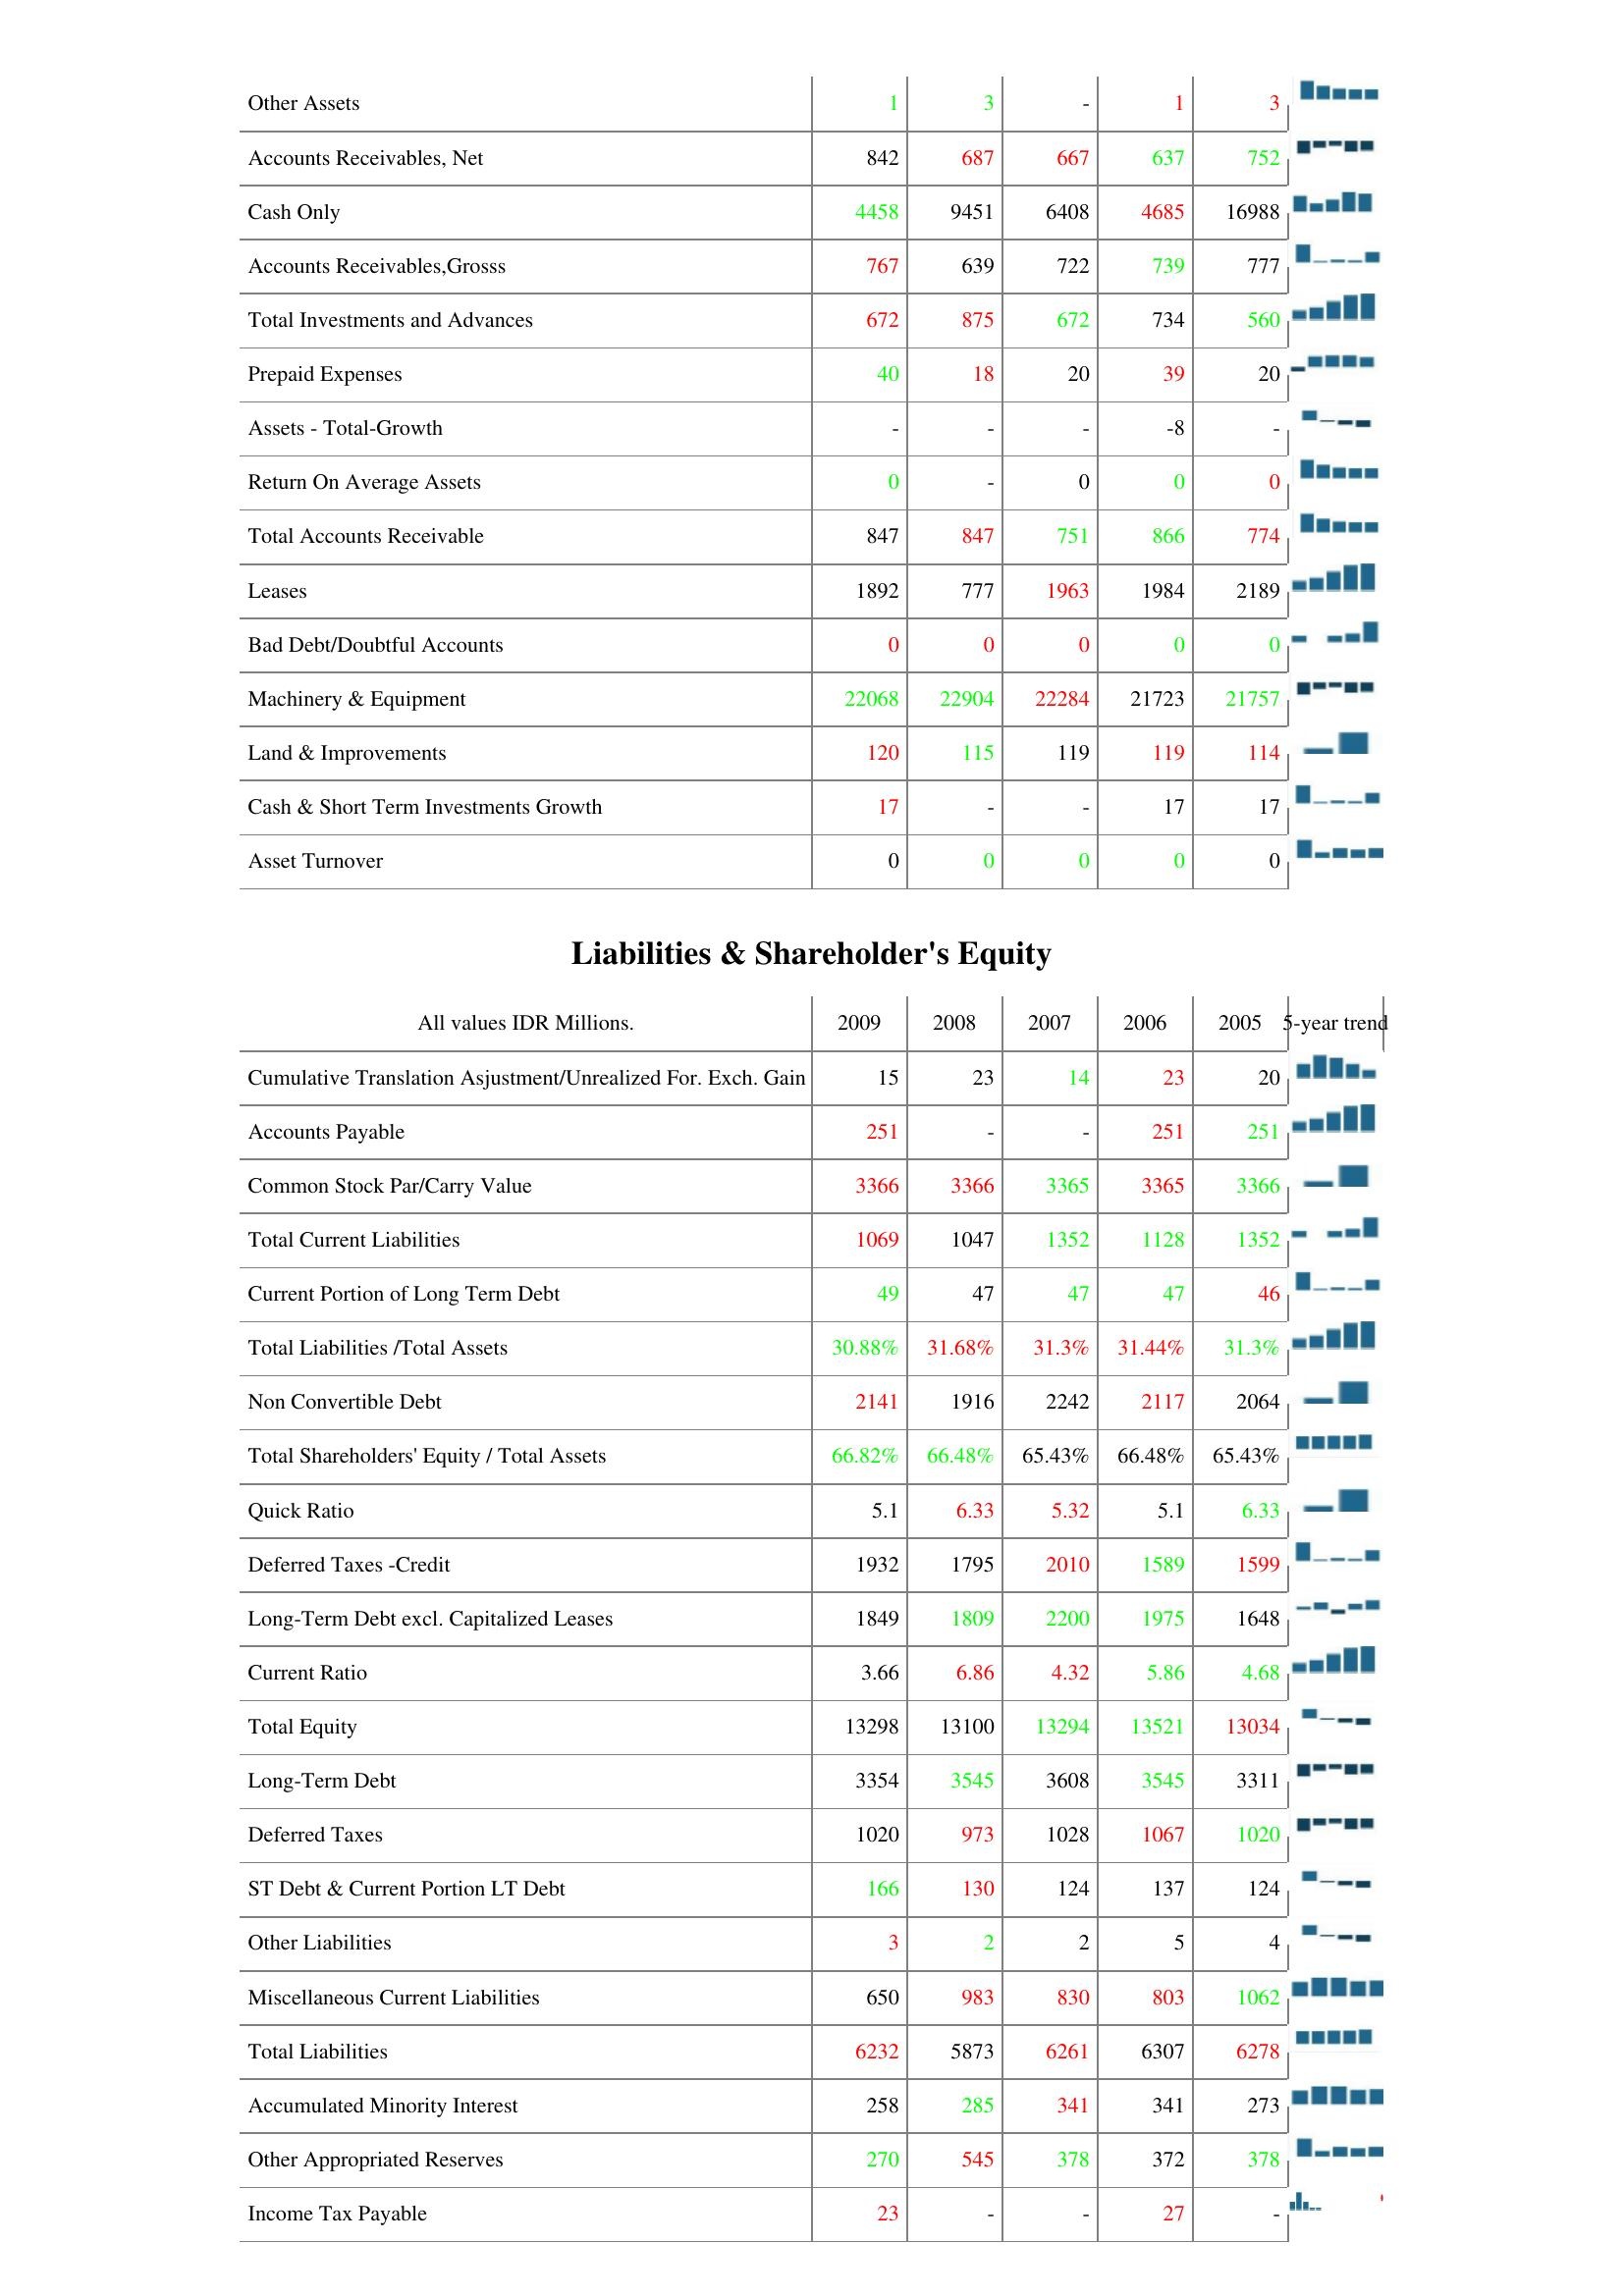
2009: Assets: Other Assets: 1
Accounts Receivables, Net: 842
Cash Only: 4458
Accounts Receivables,Grosss: 767
Total Investments and Advances: 672
Prepaid Expenses: 40
Assets - Total-Growth: -
Return On Average Assets: 0
Total Accounts Receivable: 847
Leases: 1892
Bad Debt/Doubtful Accounts: 0
Machinery & Equipment: 22068
Land & Improvements: 120
Cash & Short Term Investments Growth: 17
Asset Turnover: 0
Liabilities & Shareholder's Equity: Cumulative Translation Asjustment/Unrealized For. Exch. Gain: 15
Accounts Payable: 251
Common Stock Par/Carry Value: 3366
Total Current Liabilities: 1069
Current Portion of Long Term Debt: 49
Total Liabilities /Total Assets: 30.88%
Non Convertible Debt: 2141
Total Shareholders' Equity / Total Assets: 66.82%
Quick Ratio: 5.1
Deferred Taxes -Credit: 1932
Long-Term Debt excl. Capitalized Leases: 1849
Current Ratio: 3.66
Total Equity: 13298
Long-Term Debt: 3354
Deferred Taxes: 1020
ST Debt & Current Portion LT Debt: 166
Other Liabilities: 3
Miscellaneous Current Liabilities: 650
Total Liabilities: 6232
Accumulated Minority Interest: 258
Other Appropriated Reserves: 270
Income Tax Payable: 23
2008: Assets: Other Assets: 3
Accounts Receivables, Net: 687
Cash Only: 9451
Accounts Receivables,Grosss: 639
Total Investments and Advances: 875
Prepaid Expenses: 18
Assets - Total-Growth: -
Return On Average Assets: -
Total Accounts Receivable: 847
Leases: 777
Bad Debt/Doubtful Accounts: 0
Machinery & Equipment: 22904
Land & Improvements: 115
Cash & Short Term Investments Growth: -
Asset Turnover: 0
Liabilities & Shareholder's Equity: Cumulative Translation Asjustment/Unrealized For. Exch. Gain: 23
Accounts Payable: -
Common Stock Par/Carry Value: 3366
Total Current Liabilities: 1047
Current Portion of Long Term Debt: 47
Total Liabilities /Total Assets: 31.68%
Non Convertible Debt: 1916
Total Shareholders' Equity / Total Assets: 66.48%
Quick Ratio: 6.33
Deferred Taxes -Credit: 1795
Long-Term Debt excl. Capitalized Leases: 1809
Current Ratio: 6.86
Total Equity: 13100
Long-Term Debt: 3545
Deferred Taxes: 973
ST Debt & Current Portion LT Debt: 130
Other Liabilities: 2
Miscellaneous Current Liabilities: 983
Total Liabilities: 5873
Accumulated Minority Interest: 285
Other Appropriated Reserves: 545
Income Tax Payable: -
2007: Assets: Other Assets: -
Accounts Receivables, Net: 667
Cash Only: 6408
Accounts Receivables,Grosss: 722
Total Investments and Advances: 672
Prepaid Expenses: 20
Assets - Total-Growth: -
Return On Average Assets: 0
Total Accounts Receivable: 751
Leases: 1963
Bad Debt/Doubtful Accounts: 0
Machinery & Equipment: 22284
Land & Improvements: 119
Cash & Short Term Investments Growth: -
Asset Turnover: 0
Liabilities & Shareholder's Equity: Cumulative Translation Asjustment/Unrealized For. Exch. Gain: 14
Accounts Payable: -
Common Stock Par/Carry Value: 3365
Total Current Liabilities: 1352
Current Portion of Long Term Debt: 47
Total Liabilities /Total Assets: 31.3%
Non Convertible Debt: 2242
Total Shareholders' Equity / Total Assets: 65.43%
Quick Ratio: 5.32
Deferred Taxes -Credit: 2010
Long-Term Debt excl. Capitalized Leases: 2200
Current Ratio: 4.32
Total Equity: 13294
Long-Term Debt: 3608
Deferred Taxes: 1028
ST Debt & Current Portion LT Debt: 124
Other Liabilities: 2
Miscellaneous Current Liabilities: 830
Total Liabilities: 6261
Accumulated Minority Interest: 341
Other Appropriated Reserves: 378
Income Tax Payable: -
2006: Assets: Other Assets: 1
Accounts Receivables, Net: 637
Cash Only: 4685
Accounts Receivables,Grosss: 739
Total Investments and Advances: 734
Prepaid Expenses: 39
Assets - Total-Growth: -8
Return On Average Assets: 0
Total Accounts Receivable: 866
Leases: 1984
Bad Debt/Doubtful Accounts: 0
Machinery & Equipment: 21723
Land & Improvements: 119
Cash & Short Term Investments Growth: 17
Asset Turnover: 0
Liabilities & Shareholder's Equity: Cumulative Translation Asjustment/Unrealized For. Exch. Gain: 23
Accounts Payable: 251
Common Stock Par/Carry Value: 3365
Total Current Liabilities: 1128
Current Portion of Long Term Debt: 47
Total Liabilities /Total Assets: 31.44%
Non Convertible Debt: 2117
Total Shareholders' Equity / Total Assets: 66.48%
Quick Ratio: 5.1
Deferred Taxes -Credit: 1589
Long-Term Debt excl. Capitalized Leases: 1975
Current Ratio: 5.86
Total Equity: 13521
Long-Term Debt: 3545
Deferred Taxes: 1067
ST Debt & Current Portion LT Debt: 137
Other Liabilities: 5
Miscellaneous Current Liabilities: 803
Total Liabilities: 6307
Accumulated Minority Interest: 341
Other Appropriated Reserves: 372
Income Tax Payable: 27
2005: Assets: Other Assets: 3
Accounts Receivables, Net: 752
Cash Only: 16988
Accounts Receivables,Grosss: 777
Total Investments and Advances: 560
Prepaid Expenses: 20
Assets - Total-Growth: -
Return On Average Assets: 0
Total Accounts Receivable: 774
Leases: 2189
Bad Debt/Doubtful Accounts: 0
Machinery & Equipment: 21757
Land & Improvements: 114
Cash & Short Term Investments Growth: 17
Asset Turnover: 0
Liabilities & Shareholder's Equity: Cumulative Translation Asjustment/Unrealized For. Exch. Gain: 20
Accounts Payable: 251
Common Stock Par/Carry Value: 3366
Total Current Liabilities: 1352
Current Portion of Long Term Debt: 46
Total Liabilities /Total Assets: 31.3%
Non Convertible Debt: 2064
Total Shareholders' Equity / Total Assets: 65.43%
Quick Ratio: 6.33
Deferred Taxes -Credit: 1599
Long-Term Debt excl. Capitalized Leases: 1648
Current Ratio: 4.68
Total Equity: 13034
Long-Term Debt: 3311
Deferred Taxes: 1020
ST Debt & Current Portion LT Debt: 124
Other Liabilities: 4
Miscellaneous Current Liabilities: 1062
Total Liabilities: 6278
Accumulated Minority Interest: 273
Other Appropriated Reserves: 378
Income Tax Payable: -